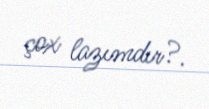
çox lazımdır?.